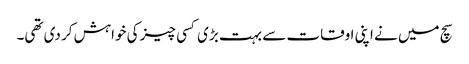
سچ میں نے اپنی اوقات سے بہت بڑی کسی چیز کی خواہش کر دی تھی۔